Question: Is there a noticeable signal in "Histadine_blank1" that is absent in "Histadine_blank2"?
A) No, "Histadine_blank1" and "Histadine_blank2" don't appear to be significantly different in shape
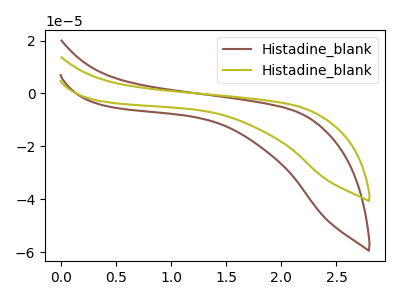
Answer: <think>The brown curve "Histadine_blank1" has no peaks. The olive curve "Histadine_blank2" has no peaks.
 Neither "Histadine_blank1" or "Histadine_blank2" have any peaks.</think>
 <answer>A) No, "Histadine_blank1" and "Histadine_blank2" don't appear to be significantly different in shape</answer>
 <eval>A</eval>